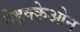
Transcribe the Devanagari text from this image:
तेइक्केओन